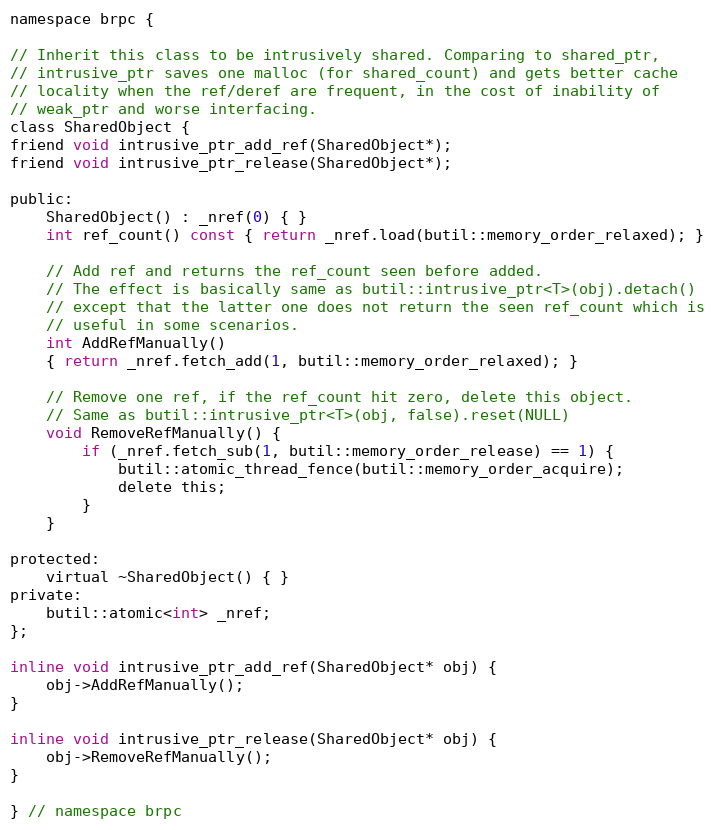
Language: C
namespace brpc {

// Inherit this class to be intrusively shared. Comparing to shared_ptr,
// intrusive_ptr saves one malloc (for shared_count) and gets better cache
// locality when the ref/deref are frequent, in the cost of inability of
// weak_ptr and worse interfacing.
class SharedObject {
friend void intrusive_ptr_add_ref(SharedObject*);
friend void intrusive_ptr_release(SharedObject*);

public:
    SharedObject() : _nref(0) { }
    int ref_count() const { return _nref.load(butil::memory_order_relaxed); }

    // Add ref and returns the ref_count seen before added.
    // The effect is basically same as butil::intrusive_ptr<T>(obj).detach()
    // except that the latter one does not return the seen ref_count which is
    // useful in some scenarios.
    int AddRefManually()
    { return _nref.fetch_add(1, butil::memory_order_relaxed); }

    // Remove one ref, if the ref_count hit zero, delete this object.
    // Same as butil::intrusive_ptr<T>(obj, false).reset(NULL)
    void RemoveRefManually() {
        if (_nref.fetch_sub(1, butil::memory_order_release) == 1) {
            butil::atomic_thread_fence(butil::memory_order_acquire);
            delete this;
        }
    }

protected:
    virtual ~SharedObject() { }
private:
    butil::atomic<int> _nref;
};

inline void intrusive_ptr_add_ref(SharedObject* obj) {
    obj->AddRefManually();
}

inline void intrusive_ptr_release(SharedObject* obj) {
    obj->RemoveRefManually();
}

} // namespace brpc